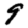
Digit: 9